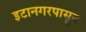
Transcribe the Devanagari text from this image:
इटानगरपासून